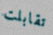
تقابلت